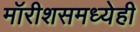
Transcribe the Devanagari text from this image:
मॉरीशसमध्येही